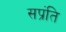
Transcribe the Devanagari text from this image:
सप्रंति